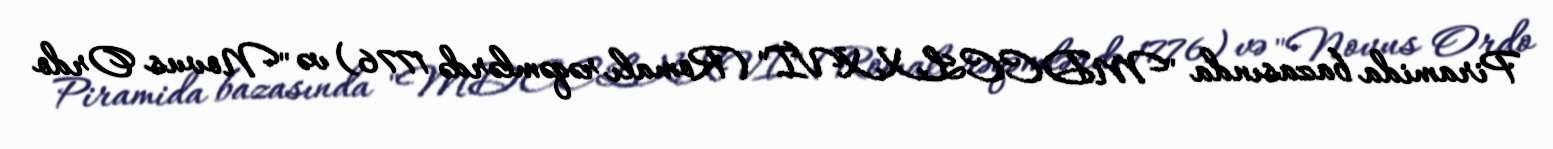
Piramida bazasında "MDCCLXXVI" (Romalı rəqəmlərdə 1776) və "Novus Ordo